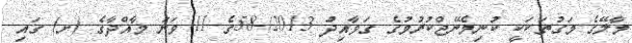
މާލޭގެ މަގުތަކަކީ ކުނިމެނޭޖްކުރުމުގެ ގަވާއިދު 2013/-58ގެ 11 ވަނަ މާއްދާގެ (ށ) ގައި